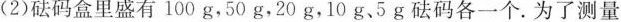
(2)砝码盒里盛有100g，50g，20g，10g、5g砝码各一个.为了测量